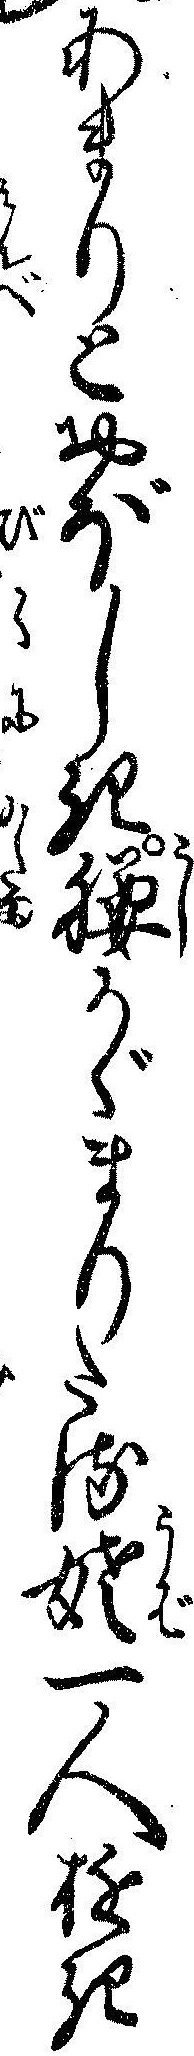
あまりとおぼしき腰かゞまりたる姥一人ゆき